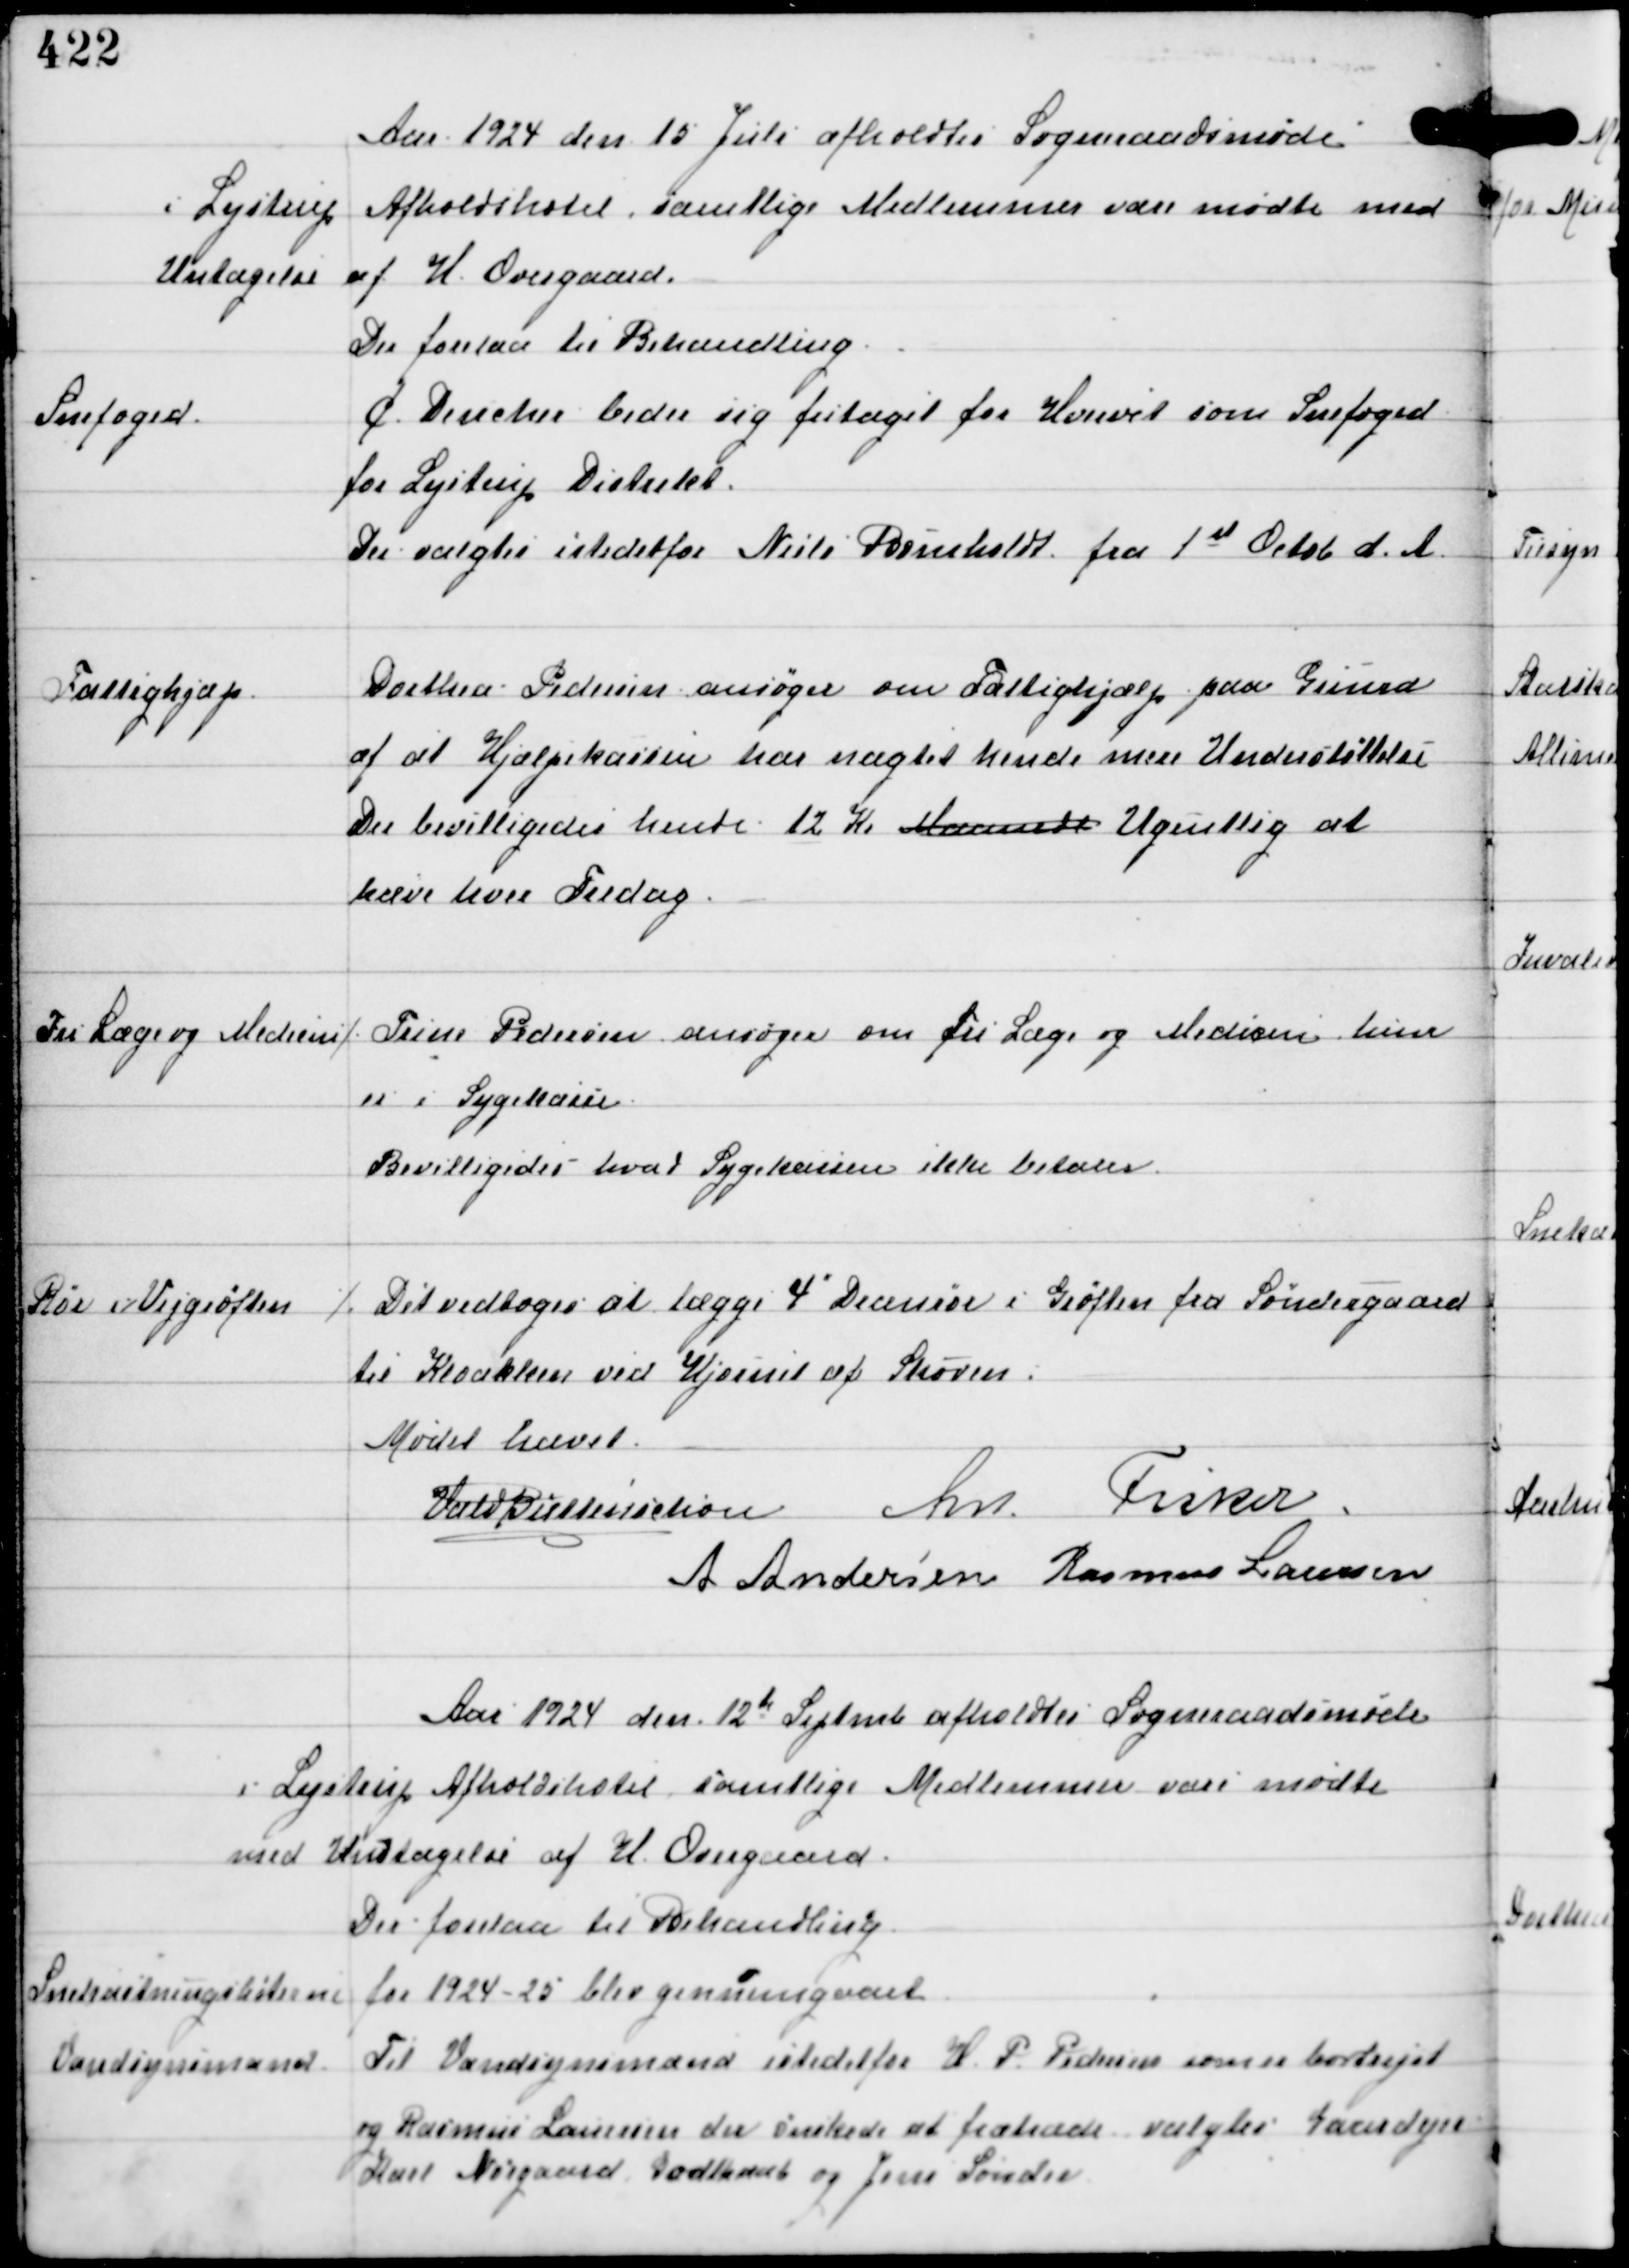
Transskription:
Aar 1924 den 15 Juli afholdtes Sogneraadsmøde
i Lystrup Afholdshotel, samtlige Medlemmer vare mødte med
Undtagelse af H. Overgaard
Der forelaa til Behandling

Snefoged

C Dencker beder sig fritaget for Hvervet som Snefoged
for Lystrup Distrikt.
Der valgtes istedetfor Niels Bomholdt fra 1st Octb d.A.

Fattighjælp

Dorthea Pedersen ansøger om Fattighjælp paa Grund
af at Hjælpekassen har nægtet hende mere Understøttelse
Der bevilligedes hende 12 Kr Maanedl Ugentlig at
hæve hver Fredag

Fri Læge og Medicin

⁒ Trine Pedersen ansøger om fri Læge og Medicin hun
er i Sygekasse
Bevilligedes hvad Sygekassen ikke betaler

Rør i Vejgrøften

Det vedtoges at lægge 4" Drænrør i Grøften fra Søndergaard
til Kloakken ved Hjørnet af Skoven.

Mødet hævet
Vald Buttenschøn An Fisker
A Andersen Rasmus Laursen

Aar 1924 den 12te Septmb afholdtes Sogneraadsmøde
i Lystrup Afholdshotel samtlige Medlemmer vare mødte
med Undtagelse af H. Overgaard
Der forelaa til Behandling.

Snekastningslisterne for 1924-25 blev gennemgaaet

Vurderingsmænd

Til Vurderingsmænd istedetfor H.P. Pedersen, som er bortrejst
og Rasmus Laursen der ønskede at fratræde valgtes Gaaardejer
Karl Nørgaard Godthaab og Jens Sønder